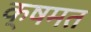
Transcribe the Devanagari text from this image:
क्षमत